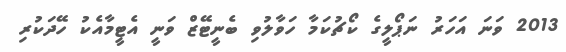
2013 ވަނަ އަހަރު ނަޕޯލީގެ ކޯޗުކަމާ ހަވާލުވި ބެނީޓޭޒް ވަނީ އެޓީމާއެކު ހޭދަކުރި